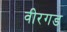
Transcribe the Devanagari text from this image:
वीरगड